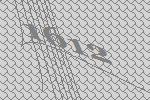
1612